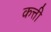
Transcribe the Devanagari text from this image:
कत्ती